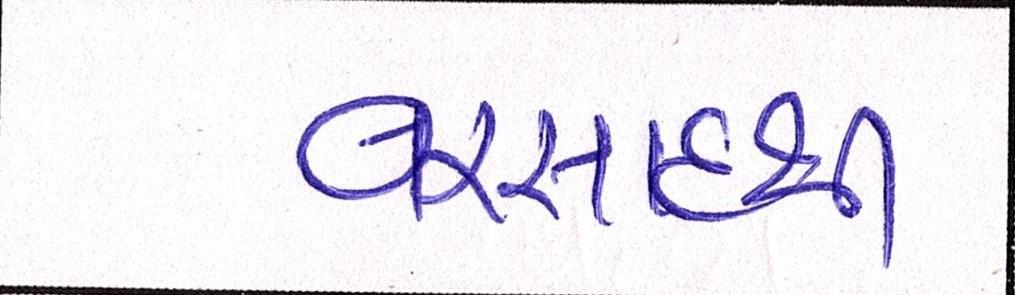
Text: વરસાદથી